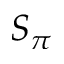
S _ { \pi }